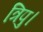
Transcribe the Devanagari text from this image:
त्रिपु।